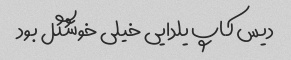
دیس کاپ یلدایی خیلی خوشگل بود